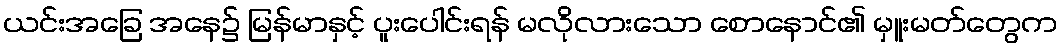
ယင်းအခြေ အနေ၌ မြန်မာနှင့် ပူးပေါင်းရန် မလိုလားသော စောနောင်၏ မှူးမတ်တွေက